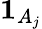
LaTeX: {\mathbf{1}}_{A_{j}}